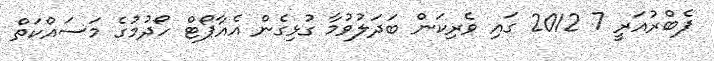
ފެބްރުއަރީ 7 2012 ގައި ވެރިކަން ބަދަލުވުމާ ގުޅިގެން އެއާޕޯޓް ހޯދުމުގެ މަސައްކަތް